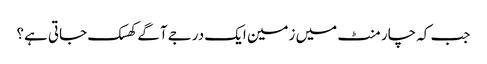
جب کہ چار منٹ میں زمین ایک درجے آگے کھسک جاتی ہے؟